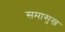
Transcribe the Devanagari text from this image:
समासुख